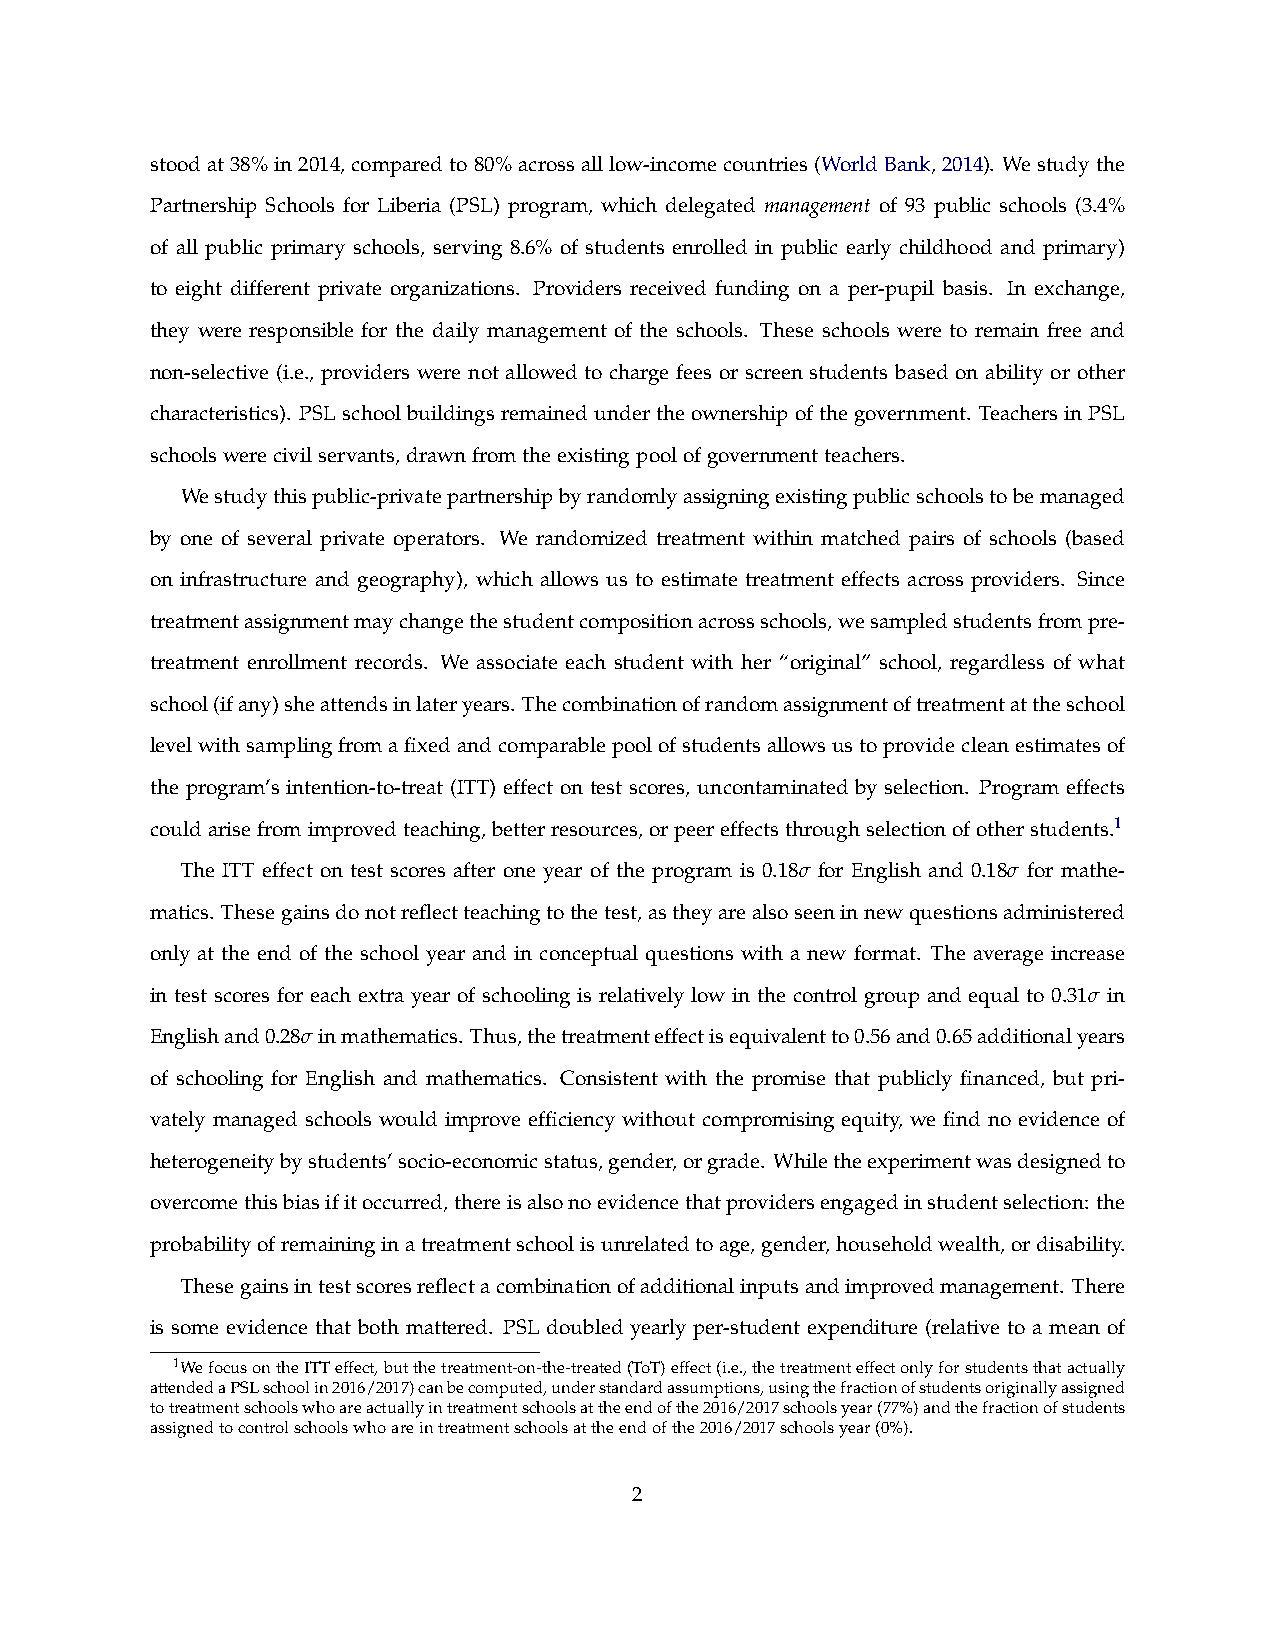
stoodat38%in2014,comparedto80%acrossalllow-incomecountries(WorldBank,2014). Westudythe
 Partnership Schools for Liberia (PSL) program, which delegated management of 93 public schools (3.4%
 of all public primary schools, serving 8.6% of students enrolled in public early childhood and primary)
 to eight different private organizations. Providers received funding on a per-pupil basis. In exchange,
 they were responsible for the daily management of the schools. These schools were to remain free and
 non-selective (i.e., providers were not allowed to charge fees or screen students based on ability or other
 characteristics). PSLschoolbuildingsremainedundertheownershipofthegovernment. TeachersinPSL
 schoolswerecivilservants,drawnfromtheexistingpoolofgovernmentteachers.
 Westudythispublic-privatepartnershipbyrandomlyassigningexistingpublicschoolstobemanaged
 by one of several private operators. We randomized treatment within matched pairs of schools (based
 on infrastructure and geography), which allows us to estimate treatment effects across providers. Since
 treatmentassignmentmaychangethestudentcompositionacrossschools,wesampledstudentsfrompre-
 treatment enrollment records. We associate each student with her “original” school, regardless of what
 school(ifany)sheattendsinlateryears. Thecombinationofrandomassignmentoftreatmentattheschool
 levelwithsamplingfromafixedandcomparablepoolofstudentsallowsustoprovidecleanestimatesof
 the program’s intention-to-treat (ITT) effect on test scores, uncontaminated by selection. Program effects
 couldarisefromimprovedteaching,betterresources,orpeereffectsthroughselectionofotherstudents.1
 The ITT effect on test scores after one year of the program is 0.18σ for English and 0.18σ for mathe-
 matics. Thesegainsdonotreflectteachingtothetest,astheyarealsoseeninnewquestionsadministered
 only at the end of the school year and in conceptual questions with a new format. The average increase
 in test scores for each extra year of schooling is relatively low in the control group and equal to 0.31σ in
 Englishand0.28σinmathematics. Thus,thetreatmenteffectisequivalentto0.56and0.65additionalyears
 of schooling for English and mathematics. Consistent with the promise that publicly financed, but pri-
 vately managed schools would improve efficiency without compromising equity, we find no evidence of
 heterogeneitybystudents’socio-economicstatus,gender,orgrade. Whiletheexperimentwasdesignedto
 overcomethisbiasifitoccurred,thereisalsonoevidencethatprovidersengagedinstudentselection: the
 probabilityofremaininginatreatmentschoolisunrelatedtoage,gender,householdwealth,ordisability.
 Thesegainsintestscoresreflectacombinationofadditionalinputsandimprovedmanagement. There
 is some evidence that both mattered. PSL doubled yearly per-student expenditure (relative to a mean of
 1WefocusontheITTeffect,butthetreatment-on-the-treated(ToT)effect(i.e.,thetreatmenteffectonlyforstudentsthatactually
 attendedaPSLschoolin2016/2017)canbecomputed,understandardassumptions,usingthefractionofstudentsoriginallyassigned
 totreatmentschoolswhoareactuallyintreatmentschoolsattheendofthe2016/2017schoolsyear(77%)andthefractionofstudents
 assignedtocontrolschoolswhoareintreatmentschoolsattheendofthe2016/2017schoolsyear(0%).
 2